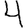
Digit: 4